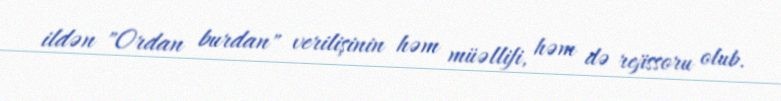
ildən "Ordan burdan" verilişinin həm müəllifi, həm də rejissoru olub.